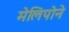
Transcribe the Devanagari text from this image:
मेलिपोने